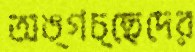
অঙ্গচ্ছেদের